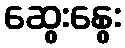
ဆွေးနွေး